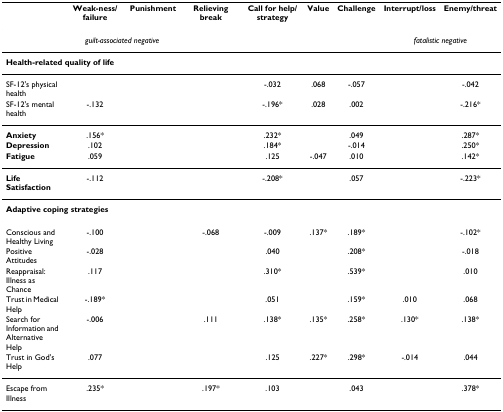
<table><thead><tr><td>[EMPTY_CELL]</td><td><b>Weak-ness/failure</b></td><td><b>Punishment</b></td><td><b>Relieving break</b></td><td><b>Call for help/strategy</b></td><td><b>Value</b></td><td><b>Challenge</b></td><td><b>Interrupt/loss</b></td><td><b>Enemy/threat</b></td></tr></thead><tbody><tr><td>[EMPTY_CELL]</td><td colspan="2"><i>guilt-associated negative</i></td><td colspan="2">[EMPTY_CELL]</td><td colspan="2">[EMPTY_CELL]</td><td colspan="2"><i>fatalistic negative</i></td></tr><tr><td colspan="9"><b>Health-related quality of life</b></td></tr><tr><td>SF-12's physical health</td><td>[EMPTY_CELL]</td><td>[EMPTY_CELL]</td><td>[EMPTY_CELL]</td><td>-.032</td><td>.068</td><td>-.057</td><td>[EMPTY_CELL]</td><td>-.042</td></tr><tr><td>SF-12's mental health</td><td>-.132</td><td>[EMPTY_CELL]</td><td>[EMPTY_CELL]</td><td>-.196*</td><td>.028</td><td>.002</td><td>[EMPTY_CELL]</td><td>-.216*</td></tr><tr><td><b>Anxiety</b></td><td>.156*</td><td>[EMPTY_CELL]</td><td>[EMPTY_CELL]</td><td>.232*</td><td>[EMPTY_CELL]</td><td>.049</td><td>[EMPTY_CELL]</td><td>.287*</td></tr><tr><td><b>Depression</b></td><td>.102</td><td>[EMPTY_CELL]</td><td>[EMPTY_CELL]</td><td>.184*</td><td>[EMPTY_CELL]</td><td>-.014</td><td>[EMPTY_CELL]</td><td>.250*</td></tr><tr><td><b>Fatigue</b></td><td>.059</td><td>[EMPTY_CELL]</td><td>[EMPTY_CELL]</td><td>.125</td><td>-.047</td><td>.010</td><td>[EMPTY_CELL]</td><td>.142*</td></tr><tr><td><b>Life Satisfaction</b></td><td>-.112</td><td>[EMPTY_CELL]</td><td>[EMPTY_CELL]</td><td>-.208*</td><td>[EMPTY_CELL]</td><td>.057</td><td>[EMPTY_CELL]</td><td>-.223*</td></tr><tr><td colspan="9"><b>Adaptive coping strategies</b></td></tr><tr><td>Conscious and Healthy Living</td><td>-.100</td><td>[EMPTY_CELL]</td><td>-.068</td><td>-.009</td><td>.137*</td><td>.189*</td><td>[EMPTY_CELL]</td><td>-.102*</td></tr><tr><td>Positive Attitudes</td><td>-.028</td><td>[EMPTY_CELL]</td><td>[EMPTY_CELL]</td><td>.040</td><td>[EMPTY_CELL]</td><td>.208*</td><td>[EMPTY_CELL]</td><td>-.018</td></tr><tr><td>Reappraisal: Illness as Chance</td><td>.117</td><td>[EMPTY_CELL]</td><td>[EMPTY_CELL]</td><td>.310*</td><td>[EMPTY_CELL]</td><td>.539*</td><td>[EMPTY_CELL]</td><td>.010</td></tr><tr><td>Trust in Medical Help</td><td>-.189*</td><td>[EMPTY_CELL]</td><td>[EMPTY_CELL]</td><td>.051</td><td>[EMPTY_CELL]</td><td>.159*</td><td>.010</td><td>.068</td></tr><tr><td>Search for Information and Alternative Help</td><td>-.006</td><td>[EMPTY_CELL]</td><td>.111</td><td>.138*</td><td>.135*</td><td>.258*</td><td>.130*</td><td>.138*</td></tr><tr><td>Trust in God's Help</td><td>.077</td><td>[EMPTY_CELL]</td><td>[EMPTY_CELL]</td><td>.125</td><td>.227*</td><td>.298*</td><td>-.014</td><td>.044</td></tr><tr><td>Escape from Illness</td><td>.235*</td><td>[EMPTY_CELL]</td><td>.197*</td><td>.103</td><td>[EMPTY_CELL]</td><td>.043</td><td>[EMPTY_CELL]</td><td>.378*</td></tr></tbody></table>